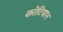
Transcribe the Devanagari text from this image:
कोटियान